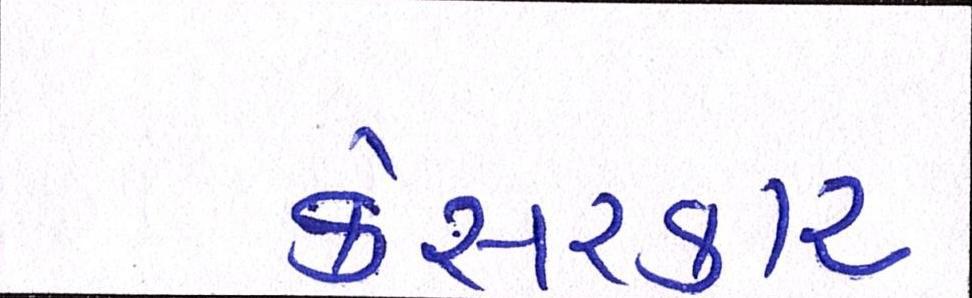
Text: કેસરકાર